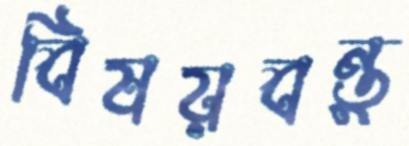
বিষয়বন্তু